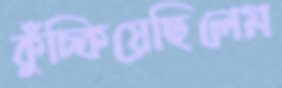
কুঁচ্‌কিয়েছিলেম